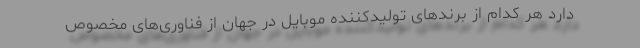
دارد هر کدام از برندهای تولیدکننده موبایل در جهان از فناوری‌های مخصوص